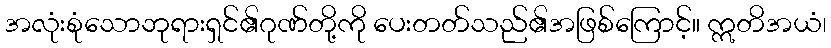
အလုံးစုံသောဘုရားရှင်၏ဂုဏ်တို့ကို ပေးတတ်သည်၏အဖြစ်ကြောင့်။ ဣတိအယံ၊